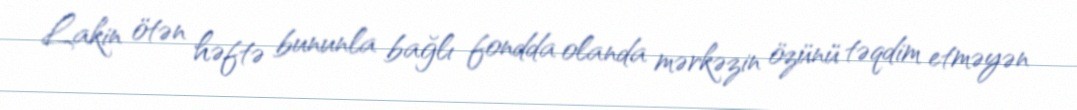
Lakin ötən həftə bununla bağlı fondda olanda mərkəzin özünü təqdim etməyən